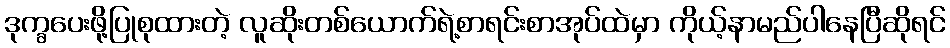
ဒုက္ခပေးဖို့ပြုစုထားတဲ့ လူဆိုးတစ်ယောက်ရဲ့စာရင်းစာအုပ်ထဲမှာ ကိုယ့်နာမည်ပါနေပြီဆိုရင်